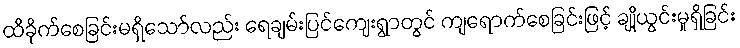
ထိခိုက်စေခြင်းမရှိသော်လည်း ရေချမ်းပြင်ကျေးရွာတွင် ကျရောက်စေခြင်းဖြင့် ချို့ယွင်းမှုရှိခြင်း